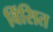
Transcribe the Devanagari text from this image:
विंसित